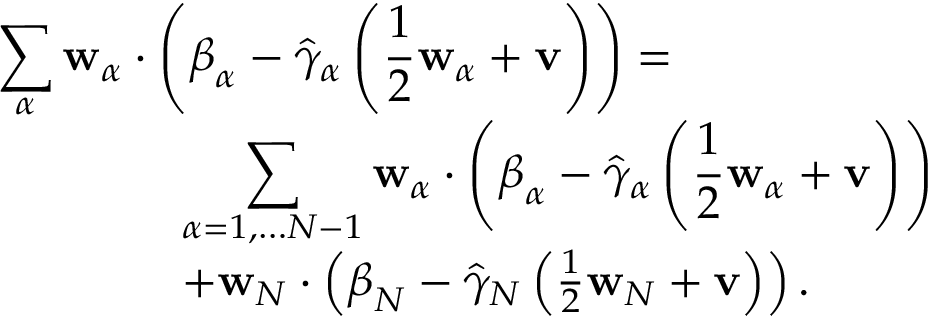
\begin{array} { r l } & { \displaystyle \sum _ { \alpha } \mathbf { w } _ { \alpha } \cdot \left( \boldsymbol { \beta } _ { \alpha } - \hat { \gamma } _ { \alpha } \left( \frac { 1 } { 2 } \mathbf { w } _ { \alpha } + \mathbf { v } \right) \right) = } \\ & { \quad \quad \quad \quad \displaystyle \sum _ { \alpha = 1 , \dots N - 1 } \mathbf { w } _ { \alpha } \cdot \left( \boldsymbol { \beta } _ { \alpha } - \hat { \gamma } _ { \alpha } \left( \frac { 1 } { 2 } \mathbf { w } _ { \alpha } + \mathbf { v } \right) \right) } \\ & { \quad \quad \quad \quad + \mathbf { w } _ { N } \cdot \left( \boldsymbol { \beta } _ { N } - \hat { \gamma } _ { N } \left( \frac { 1 } { 2 } \mathbf { w } _ { N } + \mathbf { v } \right) \right) . } \end{array}